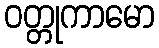
ဝတ္တုကာမော